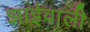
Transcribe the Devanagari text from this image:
झाईवाली